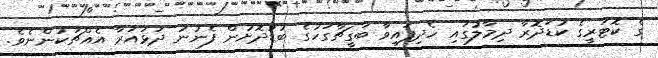
ގެ ކޮޓަރީގެ ކުޑަދޮރާ ދިމާލުގައި ހެދިފައިވާ ބަގީޗާގަހުގެ ބުޑުދޮށުން ފެނުނު ދަޅައަރާ އެއްޗަކުންނެވެ.